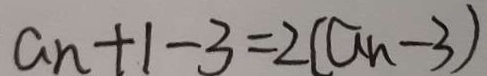
a _ { n } + 1 - 3 = 2 ( a _ { n } - 3 )